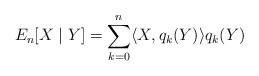
LaTeX: \begin{align*} E_n[X \mid Y] = \sum_{k=0}^n \langle X,q_k(Y) \rangle q_k(Y)\end{align*}